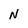
Character: N